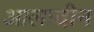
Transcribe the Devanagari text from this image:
आलादीन